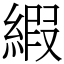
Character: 縀